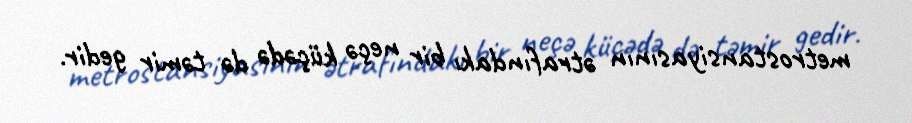
metrostansiyasının ətrafındakı bir neçə küçədə də təmir gedir.